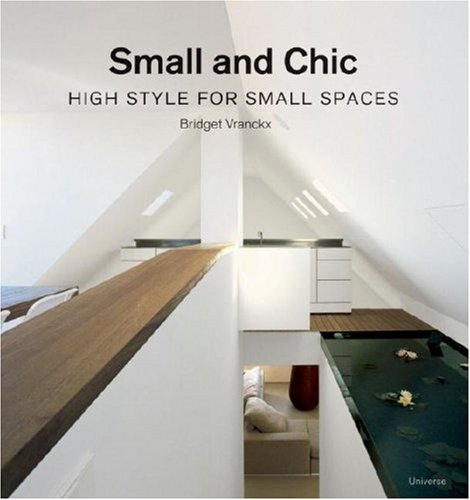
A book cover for Small and Chic: High Style for Small Spaces; Bridget Vranckx; Crafts, Hobbies & Home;